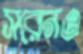
সরেনও